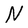
Character: N